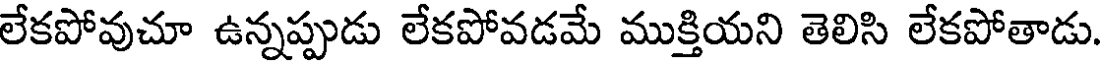
లేకపోవుచూ ఉన్నప్పుడు లేకపోవడమే ముక్తియని తెలిసి లేకపోతాడు.